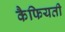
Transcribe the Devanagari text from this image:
कैफियती